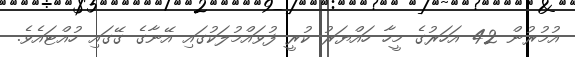
އުމުރުން 42 އަހަރުގެ މީހާ ހައްޔަރު ކުރީ ފުވައްމުލަކުގައި އޭނާގެ ގޭގައި ހުއްޓައެވެ.